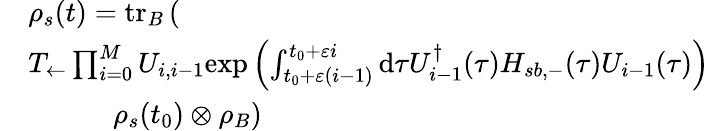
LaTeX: \begin{array}{rl}&{\rho_{s}(t)=\mathrm{tr}_{B}\left(\right.}\\ &{T_{\leftarrow}\prod_{i=0}^{M}U_{i,i-1}\mathrm{exp}\left(\int_{t_{0}+\varepsilon(i-1)}^{t_{0}+\varepsilon i}\mathrm{d}\tau U_{i-1}^{\dagger}(\tau)H_{sb,-}(\tau)U_{i-1}(\tau)\right)}\\ &{\qquad\quad\left.\rho_{s}(t_{0})\otimes\rho_{B}\right)}\end{array}